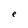
Character: e